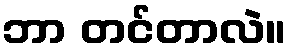
ဘာ တင်တာလဲ။